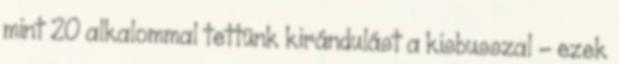
mint 20 alkalommal tettünk kirándulást a kisbusszal – ezek